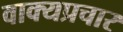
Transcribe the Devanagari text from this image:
वाक्यप्रचार